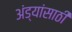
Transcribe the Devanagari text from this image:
अंड्यांसाठी